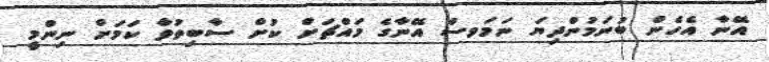
އޭނާ އެހެން ބުނަމުންދިޔަ ނަމަވސް އޭނާގެ މައްޗަށް ކުށް ސާބިތުވާ ކަމަށް ނިންމީ